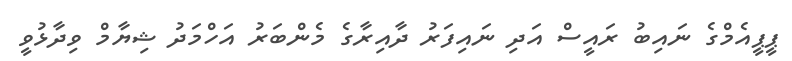
ޕީޕީއެމްގެ ނައިބު ރައީސް އަދި ނައިފަރު ދާއިރާގެ މެންބަރު އަހްމަދު ޝިޔާމް ވިދާޅުވީ